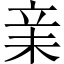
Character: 𣐽